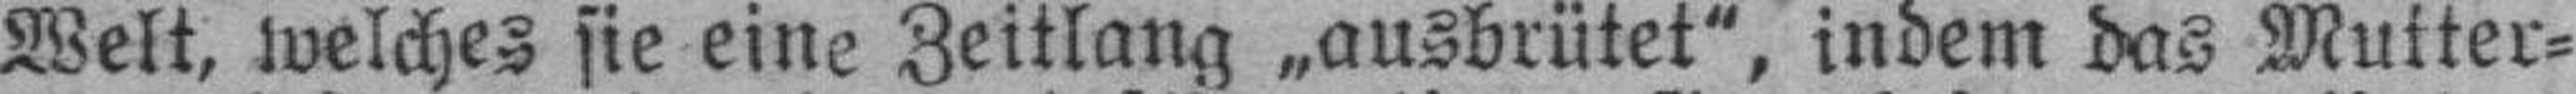
Welt, welches sie eine Zeitlang „ausbrütet", indem das Mutter¬